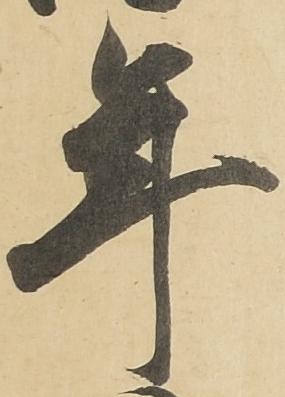
年